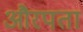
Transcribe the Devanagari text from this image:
औरपता